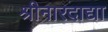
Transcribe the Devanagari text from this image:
श्रीनारदाद्या